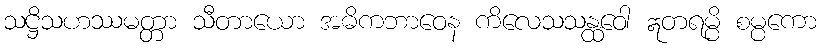
သဋ္ဌိသဟဿမတ္တာ သီတာယော အဓိကဘာဝေန ကိလေသသန္ထဝေါ ဣတရမ္ပိ စမ္ပကော